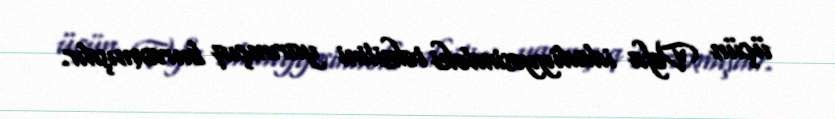
üçün Vəfa idadiyyəsindəki təhsilini yarımçıq buraxmışdır.